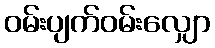
ဝမ်းပျက်ဝမ်းလျှော